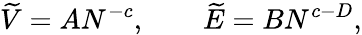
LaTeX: \widetilde V=AN^{-c},\qquad\widetilde E=BN^{c-D},